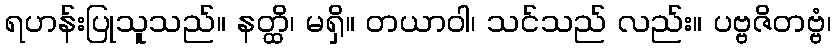
ရဟန်းပြုသူသည်။ နတ္ထိ၊ မရှိ။ တယာဝါ၊ သင်သည် လည်း။ ပဗ္ဗဇိတဗ္ဗံ၊